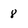
Character: 8